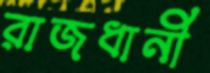
রাজধানী